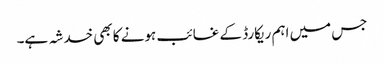
جس میں اہم ریکارڈ کے غائب ہونے کا بھی خدشہ ہے۔